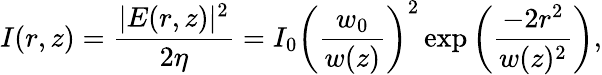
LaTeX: I(r,z)={\frac{|E(r,z)|^{2}}{2\eta}}=I_{0}\left({\frac{w_{0}}{w(z)}}\right)^{2}\exp\left({\frac{-2r^{2}}{w(z)^{2}}}\right),